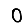
Digit: 0